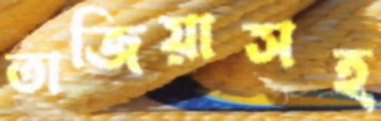
তাজিয়াসহ